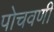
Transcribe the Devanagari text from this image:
पोचवणी